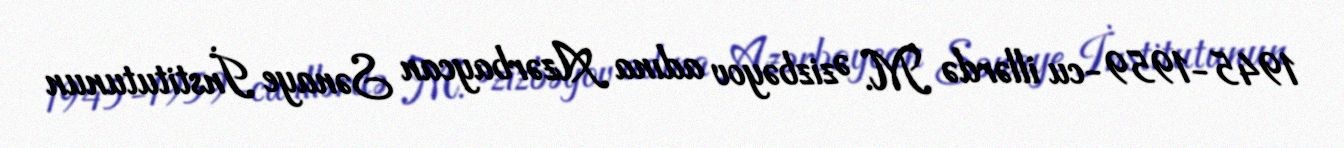
1945-1959-cu illərdə M. Əzizbəyov adına Azərbaycan Sənaye İnstitutunun